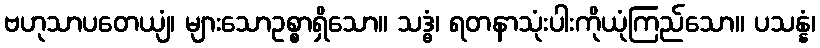
ဗဟုသာပတေယျံ၊ များသောဥစ္စာရှိသော။ သဒ္ဓံ၊ ရတနာသုံးပါးကိုယုံကြည်သော။ ပသန္နံ၊